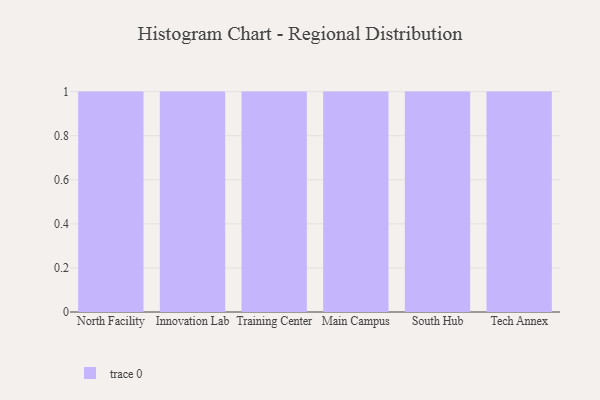
{"axis": {"x": "Campus", "y": "Inventory Turnover"}, "legend": [""], "data": [{"x": "North Facility", "y": 91, "type": ""}, {"x": "Innovation Lab", "y": 11, "type": ""}, {"x": "Training Center", "y": 4, "type": ""}, {"x": "Main Campus", "y": 82, "type": ""}, {"x": "South Hub", "y": 40, "type": ""}, {"x": "Tech Annex", "y": 79, "type": ""}]}